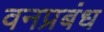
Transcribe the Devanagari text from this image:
वनप्रबंध